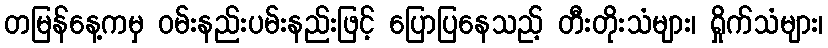
တမြန်နေ့ကမှ ဝမ်းနည်းပမ်းနည်းဖြင့် ပြောပြနေသည့် တီးတိုးသံများ၊ ရှိုက်သံများ၊